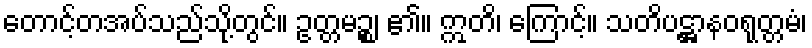
တောင့်တအပ်သည်သို့တွင်။ ဥတ္တမဉ္စ၊ ၏။ ဣတိ၊ ကြောင့်။ သတိပဋ္ဌာနဝရုတ္တမံ၊